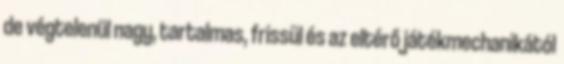
de végtelenül nagy, tartalmas, frissül és az eltérő játékmechanikától